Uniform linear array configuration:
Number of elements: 32
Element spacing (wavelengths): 0.5
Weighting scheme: cosine
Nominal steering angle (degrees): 15
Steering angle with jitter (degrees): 15.67
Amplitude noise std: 0.05
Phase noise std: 0.05

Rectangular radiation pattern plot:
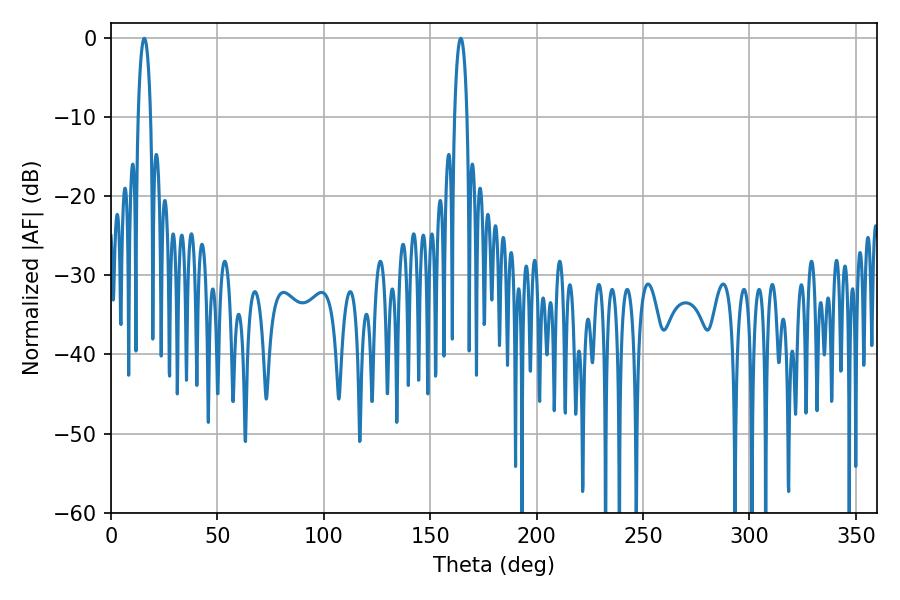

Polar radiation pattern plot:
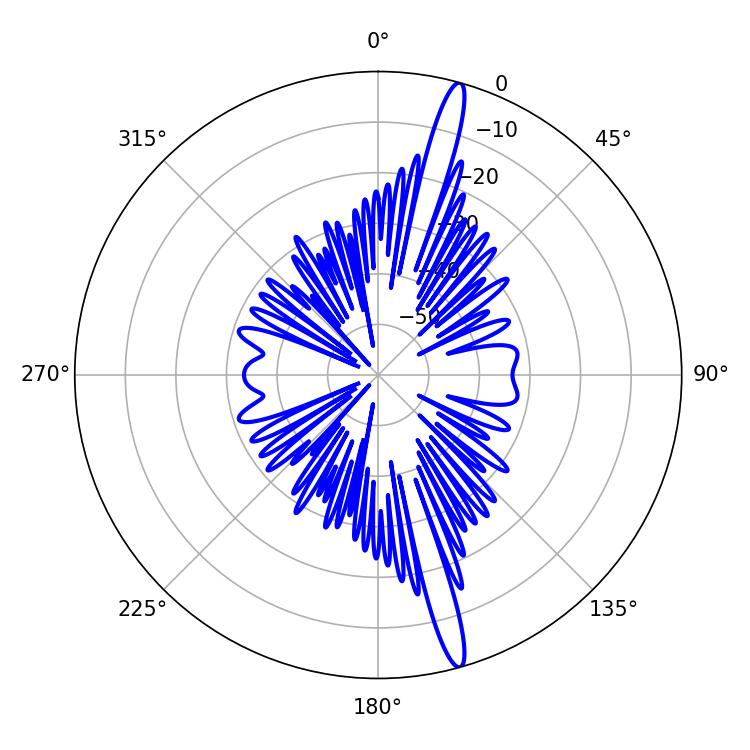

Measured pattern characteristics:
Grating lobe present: FALSE
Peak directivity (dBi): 17.542
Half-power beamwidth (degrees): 3.24
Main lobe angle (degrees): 15.66